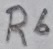
Text: R6